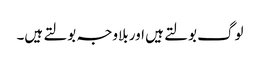
لوگ بولتے ہیں اور بلاوجہ بولتے ہیں۔